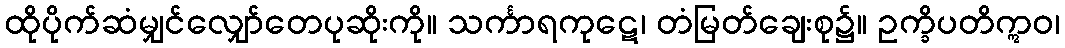
ထိုပိုက်ဆံမျှင်လျှော်တေပုဆိုးကို။ သင်္ကာရကုဋေ၊ တံမြတ်ချေးစု၌။ ဥက္ခိပတိဣဝ၊